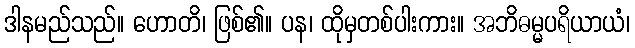
ဒါနမည်သည်။ ဟောတိ၊ ဖြစ်၏။ ပန၊ ထိုမှတစ်ပါးကား။ အဘိဓမ္မပရိယာယံ၊